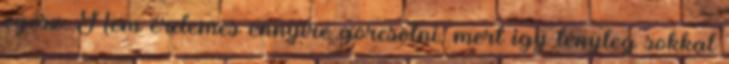
egész. Nem érdemes ennyire görcsölni, mert így tényleg sokkal